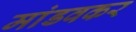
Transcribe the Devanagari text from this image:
मांडवकर